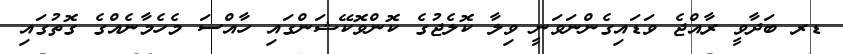
ޑރ ބަދާވީ ރާއްޖެ ވަޑައިގެންނަވަނީ ވިލާ ކޮލެޖުގެ ކޮންވޮކޭޝަންގައި ހާއްސަ މެހެމާނެއްގެ ގޮތުގައި